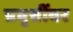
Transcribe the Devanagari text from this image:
प्रवृत्तींवर